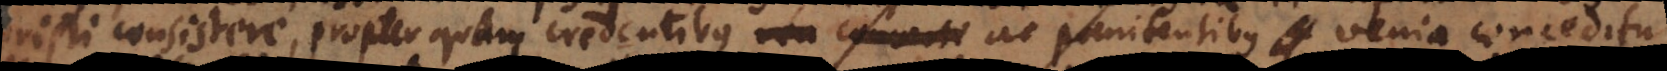
Christi consistere, propter quam credentibus ac poenitentibus venia conceditur.